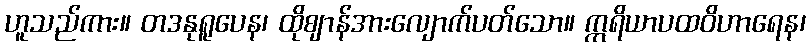
ဟူသည်ကား။ တဒနုရူပေန၊ ထိုဈာန်အားလျောက်ပတ်သော။ ဣရိယာပထဝိဟာရေန၊